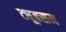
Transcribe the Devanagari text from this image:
ट्यूबसम